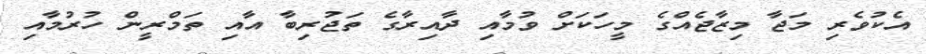
އެކުވެރި މަޖާ މިޒާޖެއްގެ މީހަކަށް ވުމާއި ދާއިރާގެ ތަޖުރިބާ އާއި ތަމްރީން ހުރުމާއި